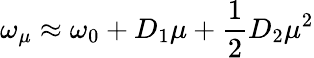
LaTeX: \omega_{\mu}\approx\omega_{0}+D_{1}\mu+\frac{1}{2}D_{2}\mu^{2}